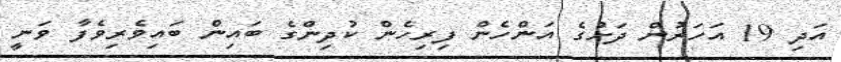
އަދި 19 އަހަރުން ދަށުގެ އަންހެން ފިރިހެން ކުދިންގެ ބައިން ބައިވެރިވެފާ ވަނީ